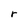
Character: r